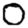
Digit: 0